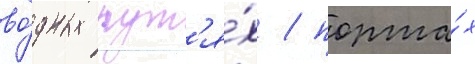
во́дных пут'я́х / порта́х